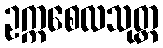
ဥက္ကစေလသုတ္တ